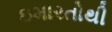
ઇમારતોથી